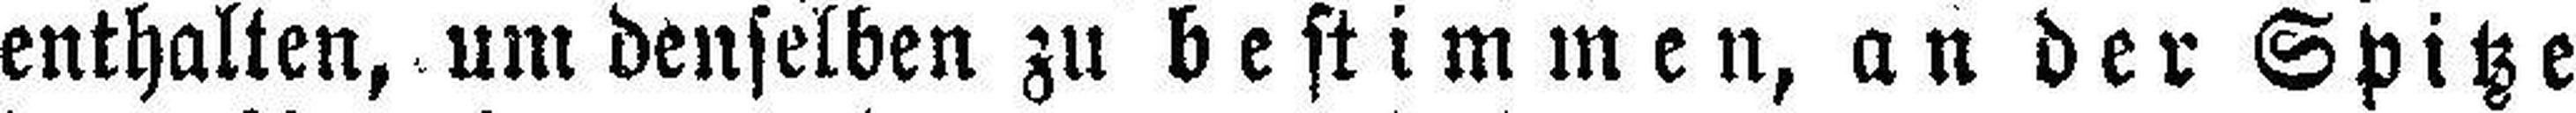
enthalten, um denselben zu bestimmen, an der Spitze